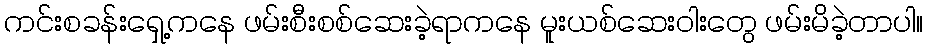
ကင်းစခန်းရှေ့ကနေ ဖမ်းစီးစစ်ဆေးခဲ့ရာကနေ မူးယစ်ဆေးဝါးတွေ ဖမ်းမိခဲ့တာပါ။